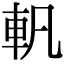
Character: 軓